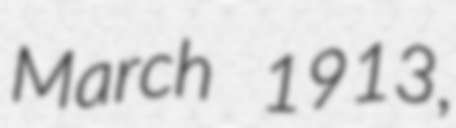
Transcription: March 1913,